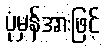
ပုံမှန်အားဖြင့်